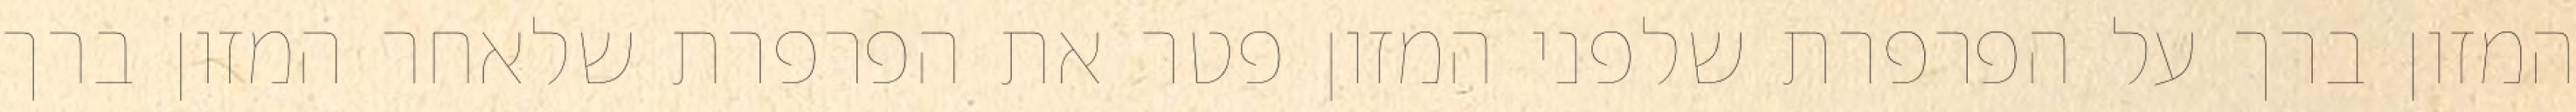
המזון ברך על הפרפרת שלפני המזון פטר את הפרפרת שלאחר המזון ברך